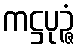
ကဋ္ဌပုဉ္ဇံ